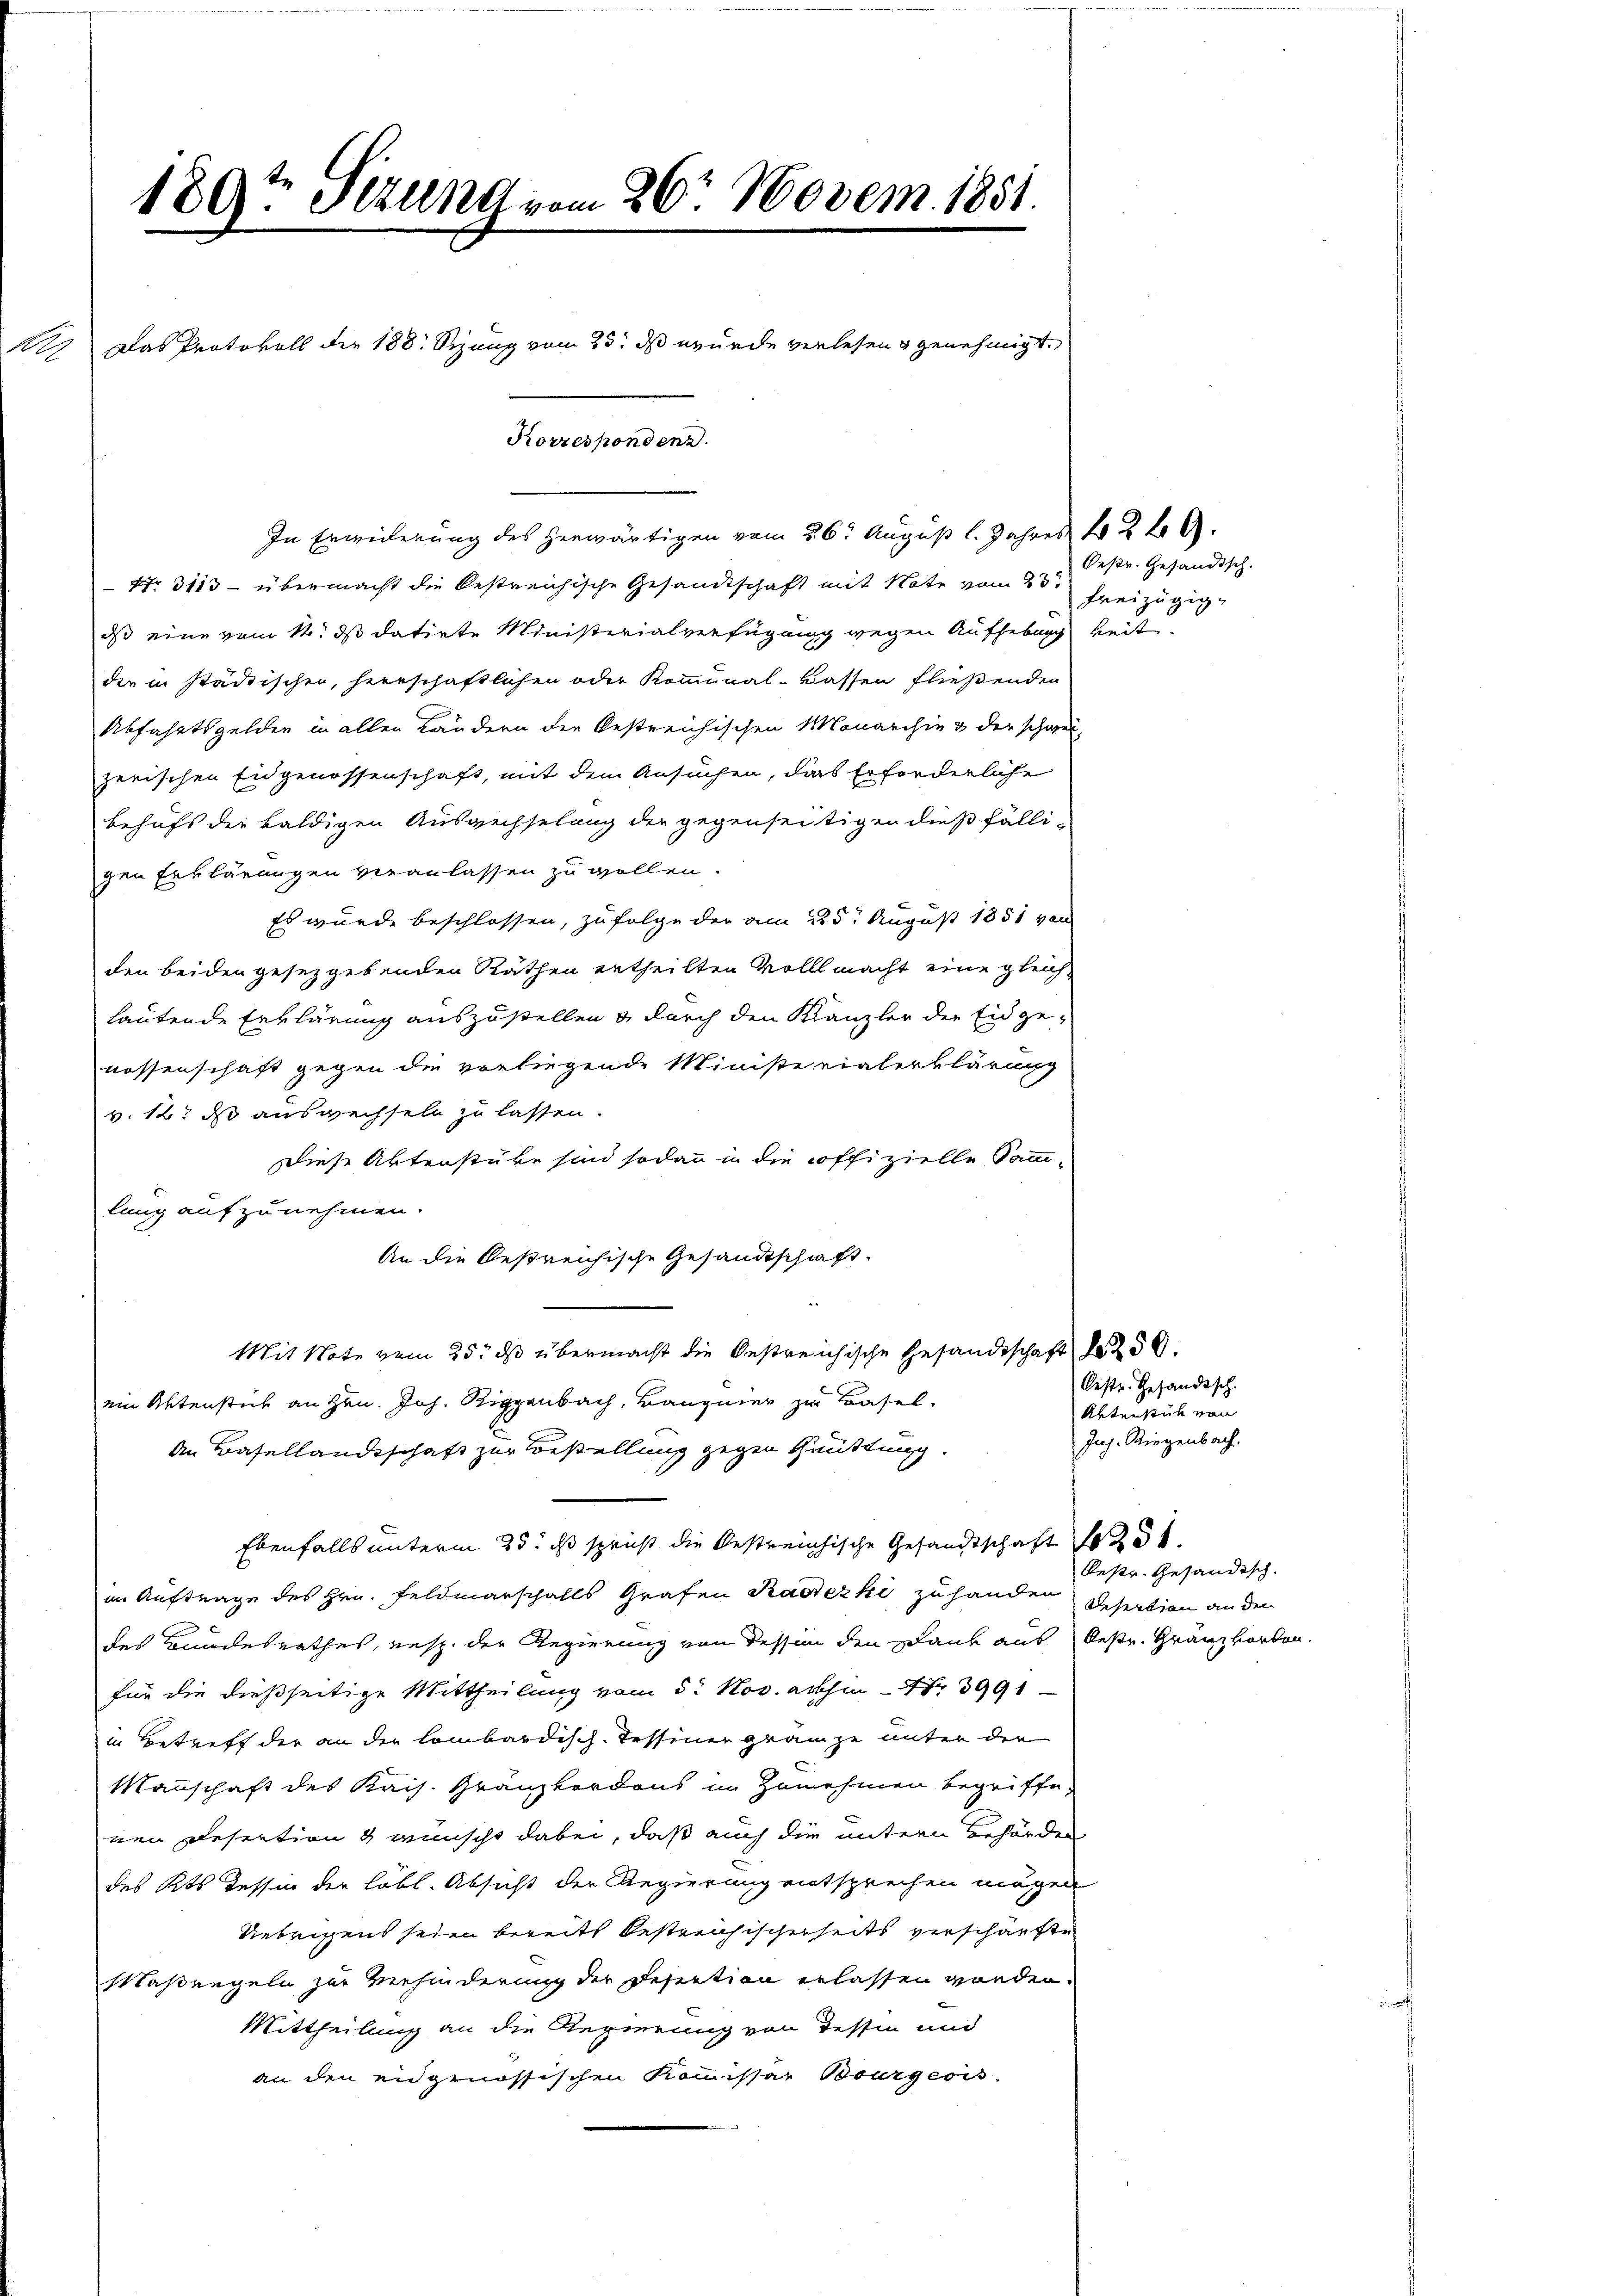
N

189t Sekung vom 26. Novem 1851.

Das Protokoll der 188. Sizung vom 25. ds wurde verlesen genehmigt.
Korrespondenz.

In Erweiterung des herwärtigen vom 26. August l. Jahres 12 t A
 Nr. 3113 – übermacht die bestreichische Gesandtschaft mit Note vom 23te
dass eine vom 14. ds datirte Ministerialverfügung wegen Aufhebung keit.
die in städtischen, herrschaftlichen oder Kommunal-Kassen fließenden
Abfahrtsgelder in allen Ländern der bestreichischen Monarchie & der schwei-
zerischen Eidgenossenschaft, mit dem Ansuchen, dies Erforderliche
behufs die baldigen Auswechselung der gegenseitigen dießfälli-
gen Erklärungen veranlassen zu wollen.
Es wurde beschlossen, zufolge der am 225. August 1851 von
den beiden gesetzgebenden Räthen ertheilten Vollmacht eine gleichlautende Erklärung auszustellen & durch den Kanzler der Eidgenossenschaft gegen die vorliegende Ministerialerklärung
v. 12. ds auswechseln zu lassen.
Diese Aktenstüke sind sodann in die offizielle Samm-
lung aufzunehmen.
An die bestreichische Gesandtschaft.
Mit Note vom 25. ds übermacht die bestreichische Gesandtschaft 1 250.
ein Aktenstück an Hrn. Joh. Riggenbach, Bangier zu Basel-
An Basellandschaft zur Bestellung gegen Quittung.
Ebenfalls unterm 25. ds spricht die bestreichische Gesandtschaft 1 251
in Auftrage des Hrn. Feldmarschalls Grafen Kaddezki zu handen Desertion an den
des Bundesrathes, resp. der Regierung von dessen den Dank aus Oestr. Gränzborten.
für die dießseitige Mittheilung vom 5. Nov. abhin 13991
in Betreff der an der lombardisch-Tessiner gränze unter die
Mannschaft des Kais. Granzkordons in Zunehmen begriffe,
nen Desection & wünscht dabei, daß auch die untern Behörden
des Kts. Tessin der löbl. Absicht der Regierung entsprechen mögen
Uebrigens seien bereits bestreichischerseits verschärfte
Maßengeln zur Viehinderung der Desection erlassen worden.
Mittheilung an die Regierung von Tessin und
an den eidgenössischen Kommissar Bourgeois

Oestr. Gesandtsch.
Freizügig

Oestr. Gesandtsch.
Aktenstück von
Juh. Riegenbach.

Bestr. Gesändisch.